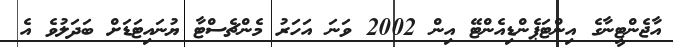
އާޖެންޓީނާގެ އިންޓަޕެންޑިއެންޓޭ އިން 2002 ވަނަ އަހަރު މެންޗެސްޓާ ޔުނައިޓަޑަށް ބަދަލުވެ އެ